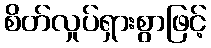
စိတ်လှုပ်ရှားစွာဖြင့်